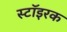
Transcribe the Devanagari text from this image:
स्टॉइरक